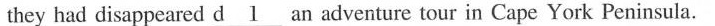
they had disappeared d___an adventure tour in Cape York Peninsula.